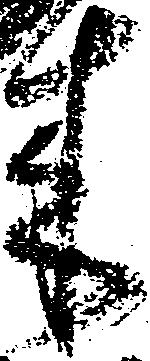
来